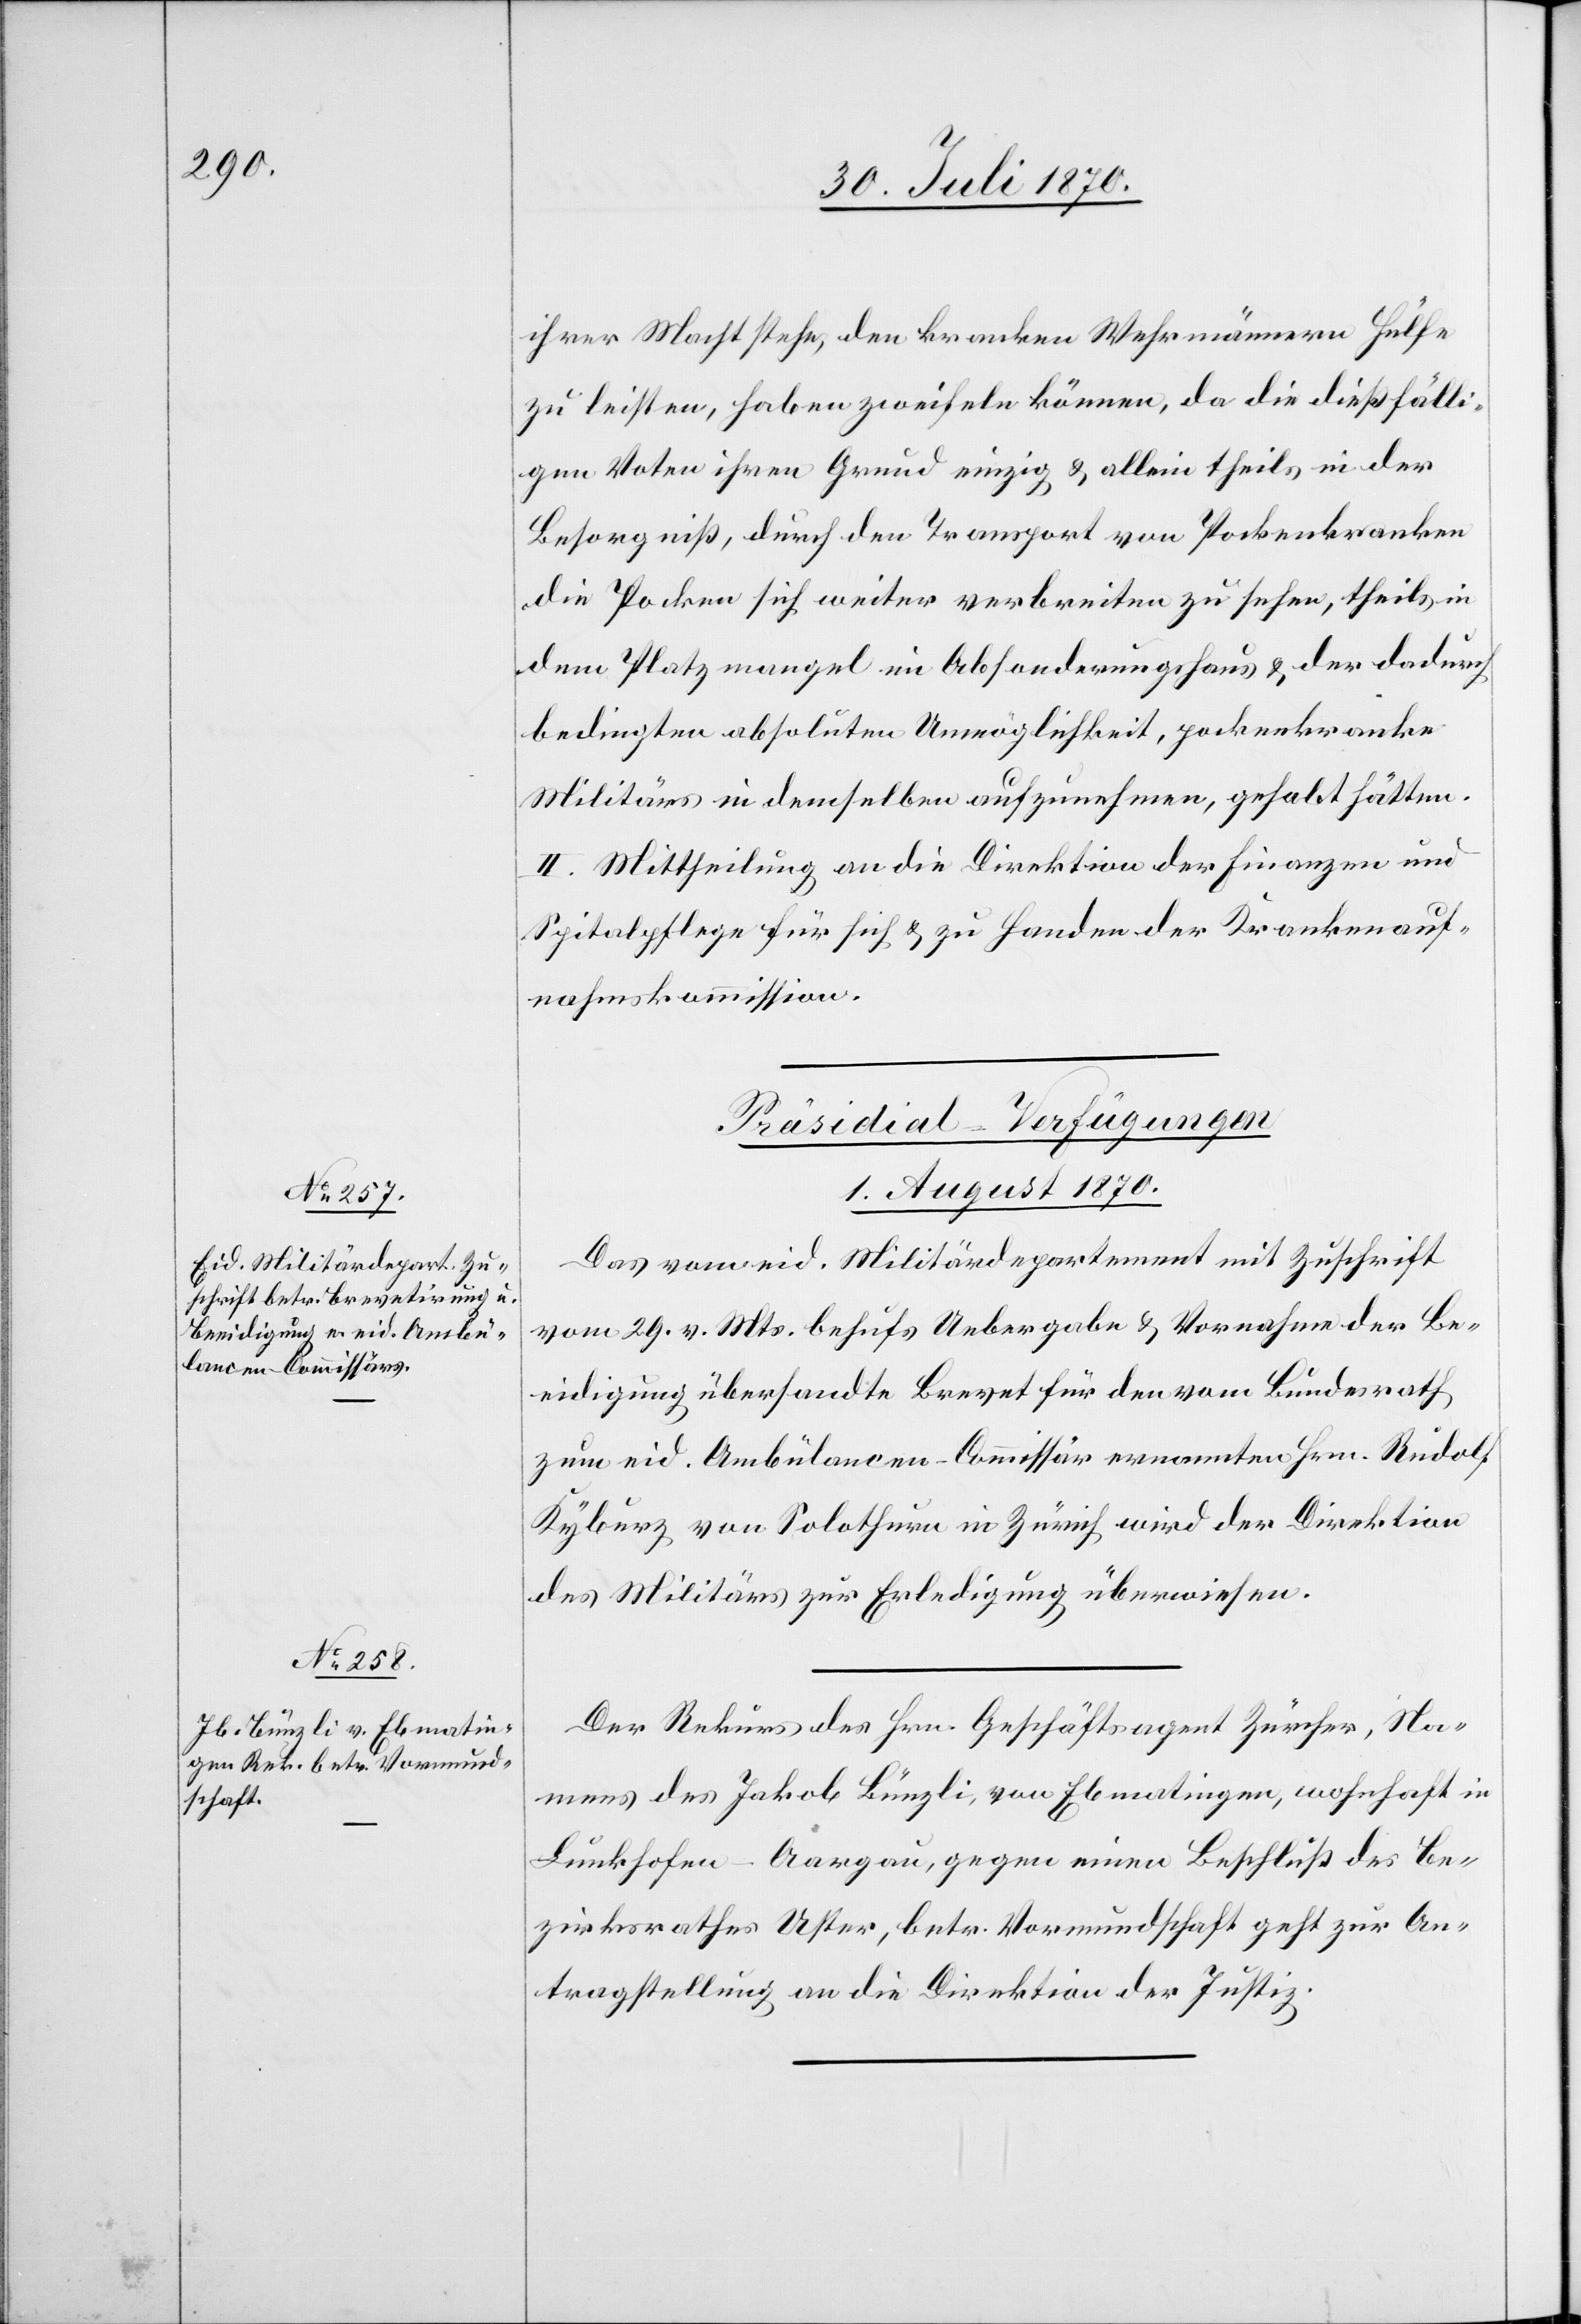
ihrer Macht stehe, den kranken Wehrmännern Hülfe
zu leisten, haben zweifeln können, da die dießfälli¬
gen Voten ihren Grund einzig & allein theils in der
Besorgniß, durch Transport von Pockenkranken
die Pocken sich weiter verbreiten zu sehen, theils in
dem Platzmangel im Absonderungshaus & der dadurch
bedingten absoluten Unmöglichkeit, pockenkranke
Militärs in demselben aufzunehmen, gehabt hätten.
II. Mittheilung an die Direktion der Finanzen und
Spitalpflege für sich & zu Handen der Krankenauf¬
nahmskommission.
[Präsidial-Verfügungen.
1. August 1870.]
Das vom eid. Militärdepartement mit Zuschrift
vom 29. v. Mts. behufs Uebergabe & Vorname der Be¬
eidigung übersandte Brevet für den vom Bundesrath
zum eid. Ambülancen-Commissär ernannten Hrn. Rudolf
Kyburz von Solothurn in Zürich wird der Direktion
des Militärs zur Erledigung überwiesen.
Der Rekurs des Hrn. Geschäftsagent Zürcher, Na¬
mens des Jakob Bünzli, von Ebmatingen, wohnhaft in
Lunkhofen - Aargau, gegen einen Beschluß des Be¬
zirksrathes Uster, betr. Vormundschaft geht zur An¬
tragstellung an die Direktion der Justiz.